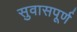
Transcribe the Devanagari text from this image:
सुवासपूर्ण